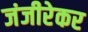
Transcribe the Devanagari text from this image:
जंजीरेकर